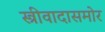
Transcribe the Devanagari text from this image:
स्त्रीवादासमोर